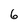
Character: 6